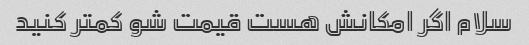
سلام اگر امکانش هست قیمت شو کمتر کنید